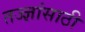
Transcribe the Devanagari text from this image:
तज्ज्ञांसाठी